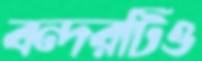
বন্দরটিও